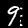
Digit: 9